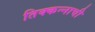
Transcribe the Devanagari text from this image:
तिक्कन्नाची